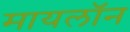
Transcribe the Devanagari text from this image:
मायलॉन